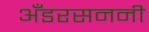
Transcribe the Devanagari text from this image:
अँडरसननी